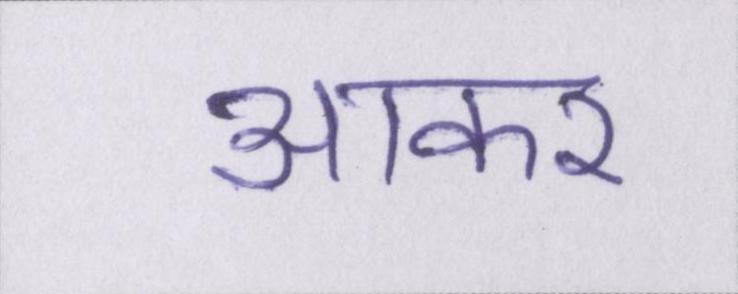
आकर